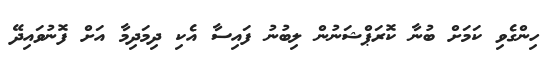
ހިންގެވި ކަމަށް ބުނާ ކޮރަޕްޝަނުން ލިބުނު ފައިސާ އެކި ދިމަދިމާ އަށް ފޮނުވަައިދޭ